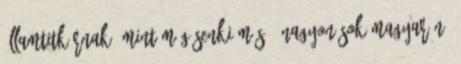
államtitkárnak, mint még senki más: "Nagyon sok magyar nő